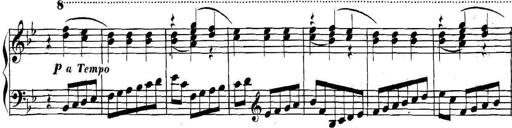
Title: Collected Piano Sonatas
Composer: Muzio Clementi